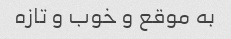
به موقع و خوب و تازه